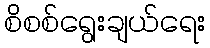
စိစစ်ရွေးချယ်ရေး